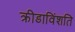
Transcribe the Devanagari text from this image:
क्रीडाविंशति